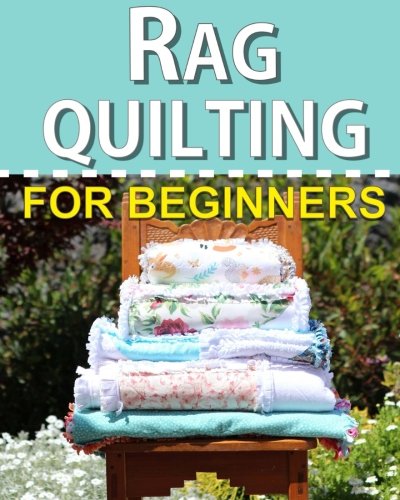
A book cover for Rag Quilting for Beginners: How-to quilting book with 11 easy rag quilting patterns for beginners, #2 in the Quilting for Beginners series (Volume 2); Felicity Walker; Crafts, Hobbies & Home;